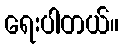
ရေးပါတယ်။